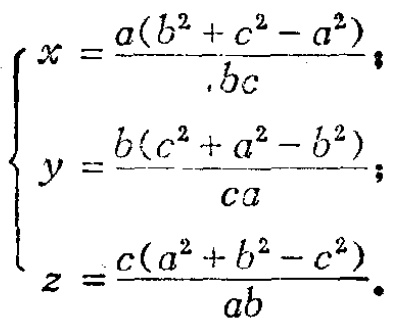
\[

\begin{cases}

x = \frac{a(b^{2}+c^{2}-a^{2})}{bc}\\

y = \frac{b(c^{2}+a^{2}-b^{2})}{ca}\\

z = \frac{c(a^{2}+b^{2}-c^{2})}{ab}

\end{cases}

\]